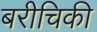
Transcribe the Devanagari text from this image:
बरीचिकी